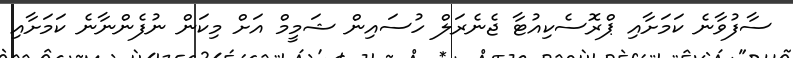
ސާފުވާނެ ކަމަށާއި ޕްރޮސެކިއުޓާ ޖެނެރަލް ހުސައިން ޝަމީމް އަށް މިކަން ނުފެންނާނެ ކަމަށާއި